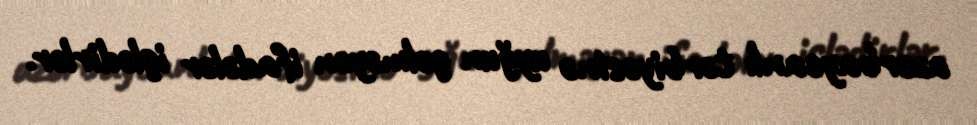
azərbaycanlı tərbiyəsinə uyğun gəlməyən ifadələr işlədirlər.